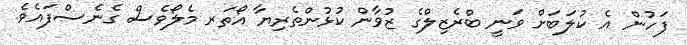
ފަހުން އެ ކުލަބަށް ވަނީ ބްރެޒިލްގެ ޒުވާން ކުޅުންތެރިޔާ އޯތަރ މެލޯވެސް ގެނެސްފައެވެ.